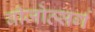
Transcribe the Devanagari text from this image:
बीजोत्सर्ग